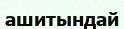
ашитындай